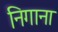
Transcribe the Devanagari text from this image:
निगाना